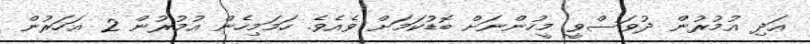
އަދި އުމުރުން ދުވަސްވީ މީހުންނަށް ބޮޑުކަމަށް ވެއެވެ. ހަމަމިހެން އުމުރުން 2 އަހަރުން